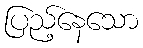
ပြည့်နေသော